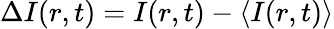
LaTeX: \Delta I(r,t)=I(r,t)-\langle I(r,t)\rangle